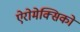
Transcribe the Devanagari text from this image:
ऐरोमेक्सिको